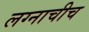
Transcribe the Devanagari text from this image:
लग्नाचीच